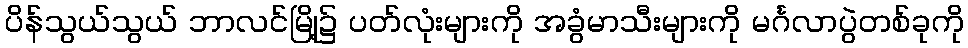
ပိန်သွယ်သွယ် ဘာလင်မြို့၌ ပတ်လုံးများကို အခွံမာသီးများကို မင်္ဂလာပွဲတစ်ခုကို